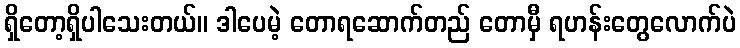
ရှိတော့ရှိပါသေးတယ်။ ဒါပေမဲ့ တောရဆောက်တည် တောမှီ ရဟန်းတွေလောက်ပဲ